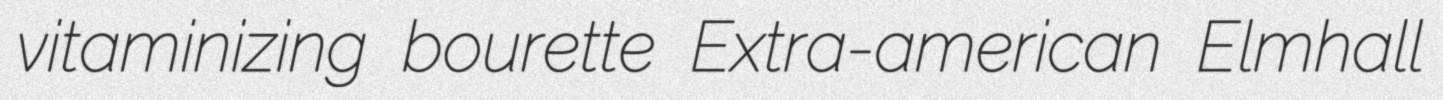
vitaminizing bourette Extra-american Elmhall